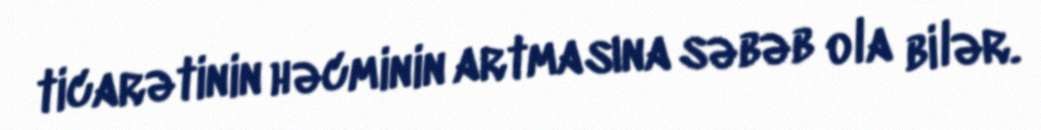
ticarətinin həcminin artmasına səbəb ola bilər.